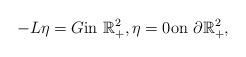
LaTeX: \begin{align*}-L\eta=G\textrm{in}\ \mathbb{R}^{2}_{+},\eta=0\textrm{on}\ \partial\mathbb{R}^{2}_{+}, \end{align*}